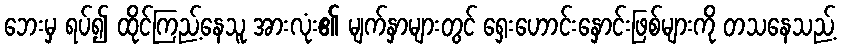
ဘေးမှ ရပ်၍ ထိုင်ကြည့်နေသူ အားလုံး၏ မျက်နှာများတွင် ရှေးဟောင်းနှောင်းဖြစ်များကို တသနေသည့်